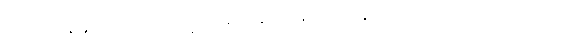
စတုတ္ထော နံ နိသေဓေတွာ ယက္ခဒါသီနံ မဒနိဒ္ဒံ သန္ဓာယ “သန္တိ ဟိ ဘော ဒေဝတာ”တိအာဒိမာဟ။